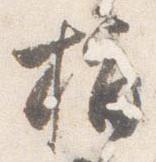
指